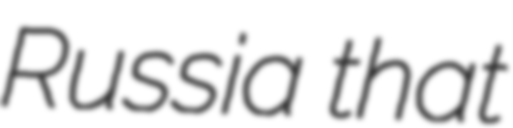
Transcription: Russia that